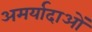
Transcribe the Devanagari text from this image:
अमर्यादाओं